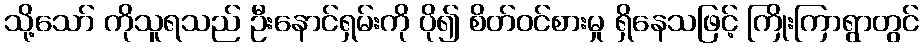
သို့သော် ကိုသူရသည် ဦးနောင်ရှမ်းကို ပို၍ စိတ်ဝင်စားမှု ရှိနေသဖြင့် ကြိုးကြာရွာတွင်